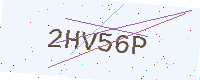
Text: 2HV56P